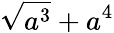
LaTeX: \sqrt{a^{3}}+a^{4}